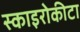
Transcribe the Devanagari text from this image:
स्काइरोकीटा